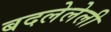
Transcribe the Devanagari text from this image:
बदलेलेली